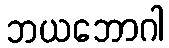
ဘယဘောဂါ